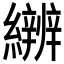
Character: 𱺎